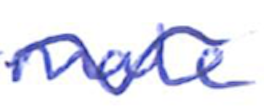
Text: male
Cross-out: wave
Writing tool: ballpoint